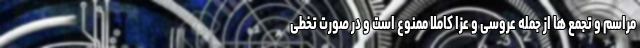
مراسم و تجمع ها از جمله عروسی و عزا کاملا ممنوع است و در صورت تخطی